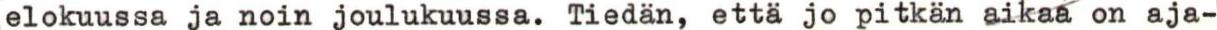
elokuussa ja noin joulukuussa. Tiedän, että jo pitkän aikaa on aja-